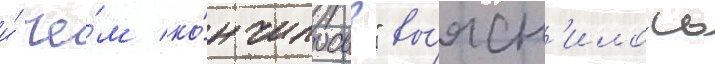
и́ че́м ко́нчилось?" вы́ясн'илось